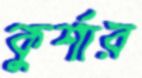
কুর্শার